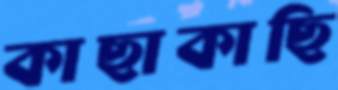
কাছাকাছি